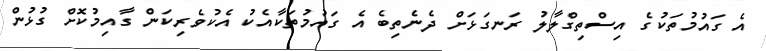
އެ ގައުމުތަކުގެ އިސްތިގްލާލު ރަނގަޅަށް ދެނެތިބެ އެ ގައުމުތަކާއެކު އެކުވެރިކަން ގާއިމުކޮށް ގުޅުން